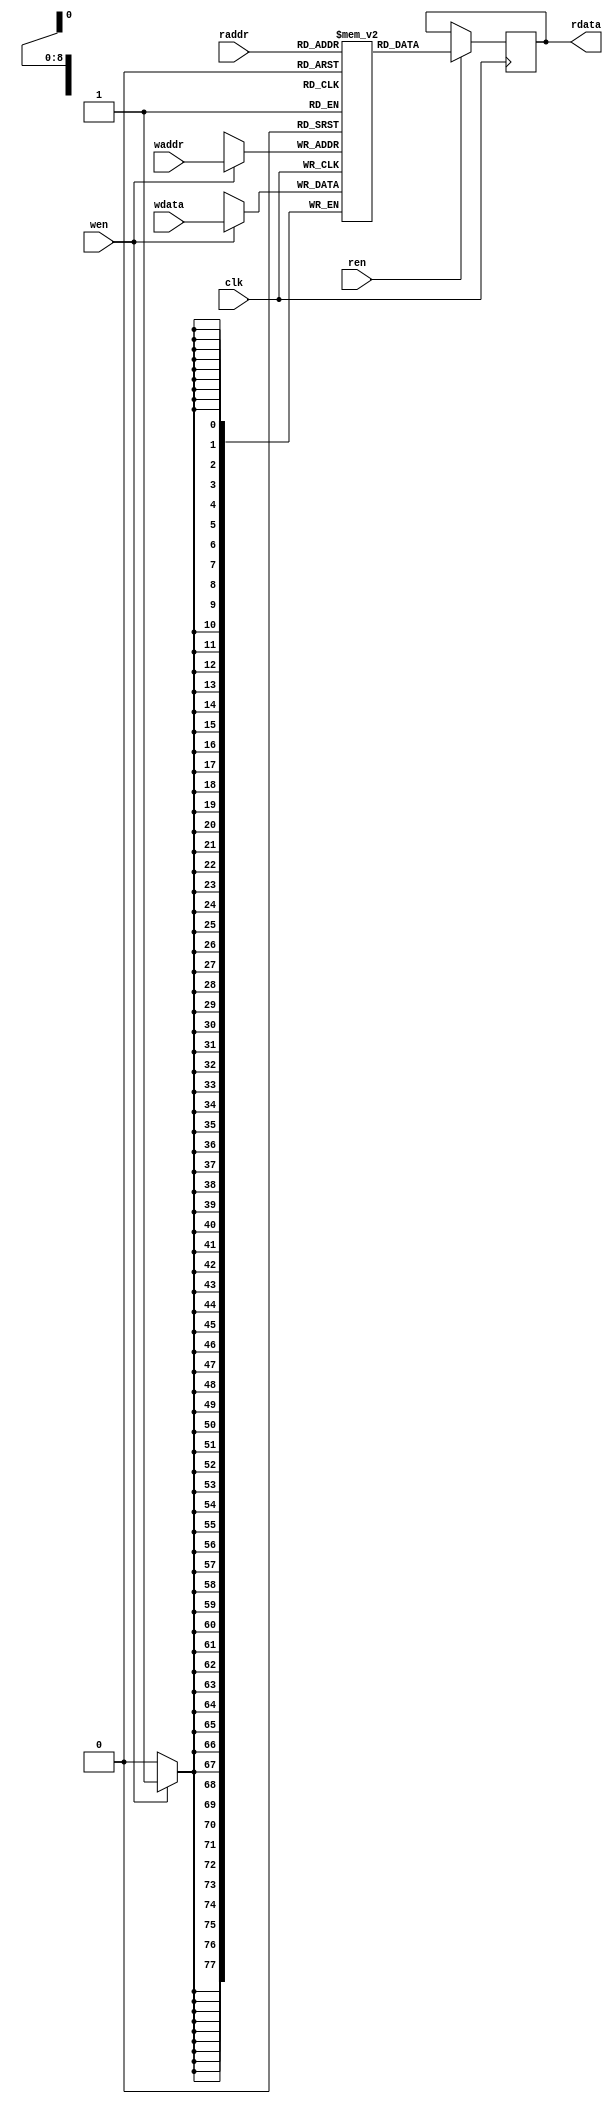
module openhmc_ram #(
        parameter DATASIZE  = 78,   // Memory data word width
        parameter ADDRSIZE  = 9,    // Number of memory address bits
        parameter PIPELINED = 0     
    ) (
        //----------------------------------
        //----SYSTEM INTERFACE
        //----------------------------------
        input wire                  clk,

        //----------------------------------
        //----Signals
        //----------------------------------
        input wire                  wen,
        input wire [DATASIZE-1:0]   wdata,
        input wire [ADDRSIZE-1:0]   waddr,
        input wire                  ren,
        input wire [ADDRSIZE-1:0]   raddr,
        output wire [DATASIZE-1:0]  rdata
    );

//=====================================================================================================
//-----------------------------------------------------------------------------------------------------
//---------WIRING AND SIGNAL STUFF---------------------------------------------------------------------
//-----------------------------------------------------------------------------------------------------
//=====================================================================================================

    wire [DATASIZE-1:0] rdata_ram;

    generate
        if (PIPELINED == 0)
        begin
            assign rdata    = rdata_ram;
        end
        else
        begin
            reg [DATASIZE-1:0]  rdata_dly;
            reg                 ren_dly;

            assign rdata    = rdata_dly;

            always @(posedge clk)
            begin
                ren_dly         <= ren;

                if (ren_dly)
                    rdata_dly   <= rdata_ram;
            end
        end
    endgenerate

    reg [DATASIZE-1:0]  MEM [0:(2**ADDRSIZE)-1];

    reg [DATASIZE-1:0]  data_out;

    assign rdata_ram = data_out;

    always @(posedge clk)
    begin
        if (wen)
            MEM[waddr]  <= wdata;
    end

    always @(posedge clk)
    begin
        if (ren)
            data_out    <= MEM[raddr];
    end

endmodule